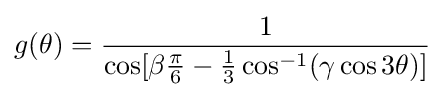
g(\theta )={\frac {1}{\cos[\beta {\frac {\pi }{6}}-{\frac {1}{3}}\cos ^{-1}(\gamma \cos 3\theta )]}}